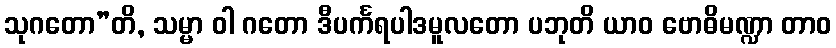
သုဂတော”တိ, သမ္မာ ဝါ ဂတော ဒီပင်္ကရပါဒမူလတော ပဘုတိ ယာဝ ဗောဓိမဏ္ဍာ တာဝ